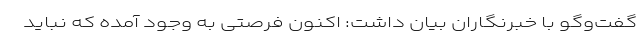
گفت‌وگو با خبرنگاران بیان داشت: اکنون فرصتی به وجود آمده که نباید